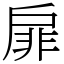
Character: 扉